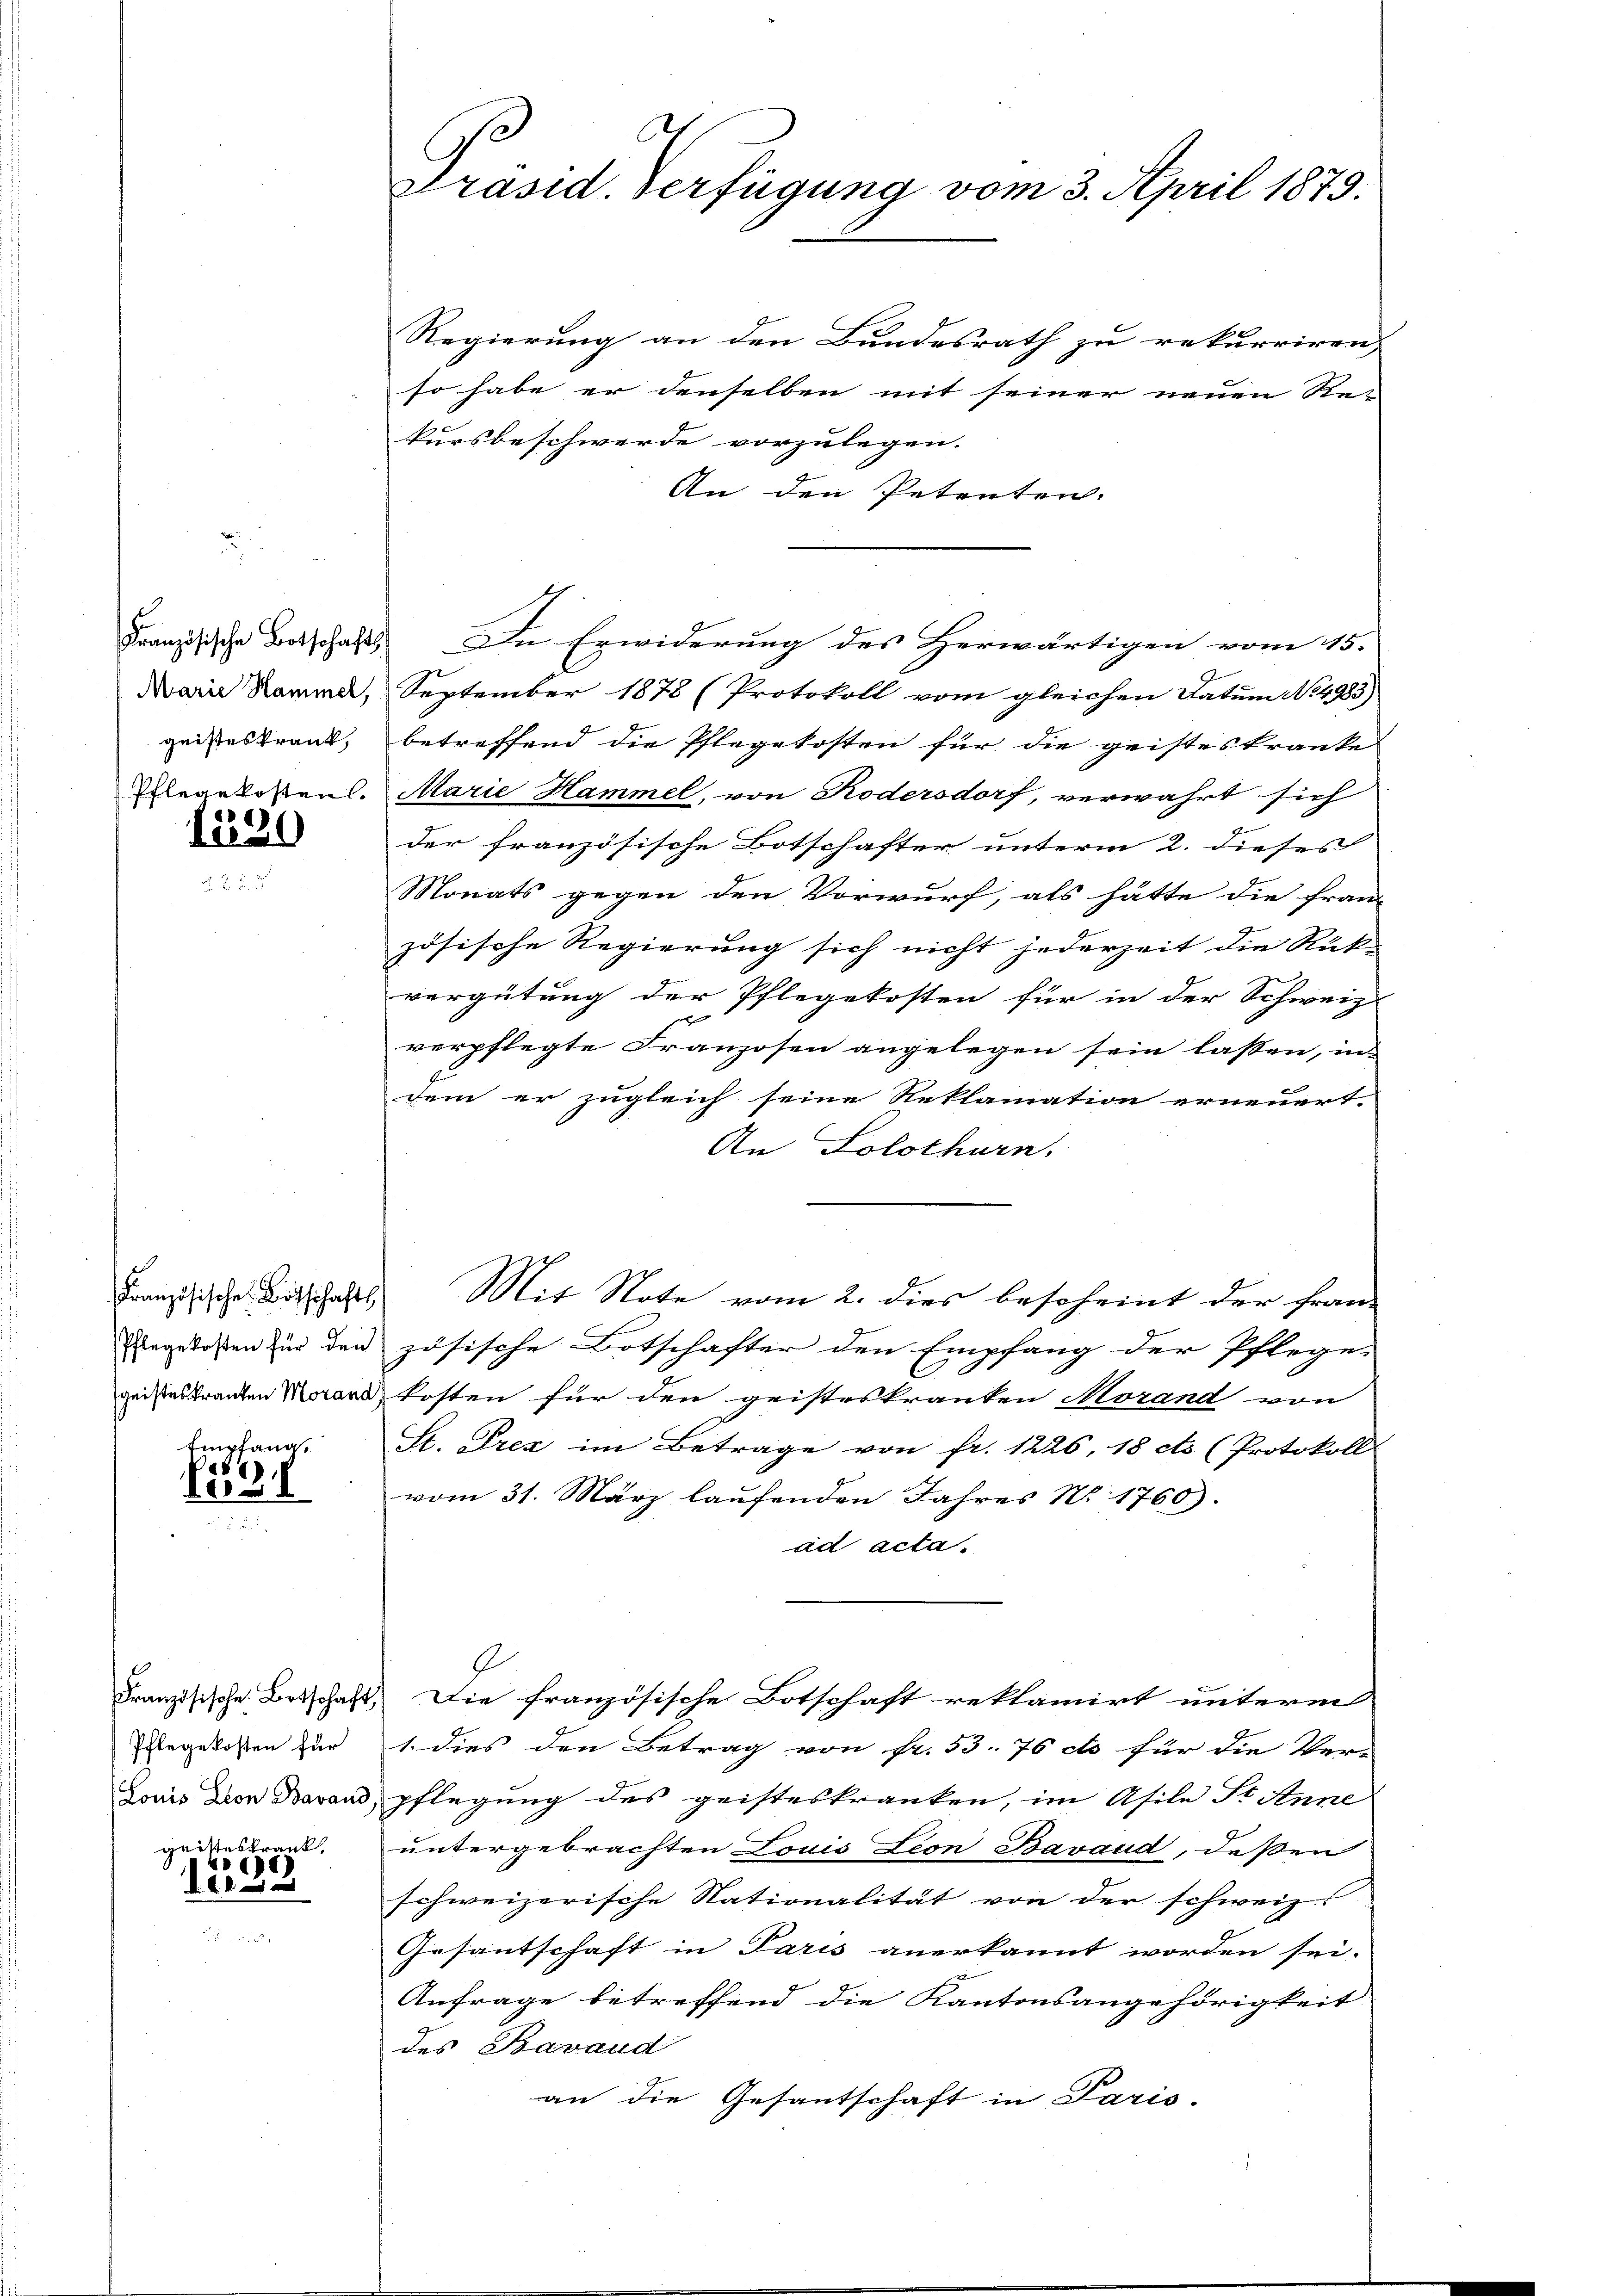
Französische Botschaft

1520

Empfang.

86)
EI

Französische Botschaft,
Pflegekosten für
gritteskrank

46)
8

t
Präsid. Verfügung vom 3. April 1879.

Regierung an den Bundesrath zu rekurriren, |
so habe er denselben mit seiner neuen Re-
kursbeschwerde vorzulegen.
An den Petenten.
In Erwiderung des Herwärtigen vom 15.
Marie Kamme, September 1878 (Protokoll vom gleichen Datum No 4983)
geisteskrank, betreffend die Pflegekosten für die geisteskranke
Pflegekosten. Marie Hammel, von Rodersdorf, verwahrt sich
der französische Botschafter unterm 2. dieses
Monats gegen den Vorwurf, als hätte die fran-
zösische Regierung sich nicht jederzeit die Rück-
vergütung der Pflegekosten für in der Schweiz.
verpflegte Franzosen angelegen sein lassen, in
dem er zugleich seine Reklamation erneuert.
An Solothurn.
Französische Bitschafts Mit Note vom 2. dies bescheint der Fran¬
Engelaßen zur den zösische Botschafter den Empfang der Pflege-
geistes tranten Mord kosten für den geisteskranken Morand von
St. Prez im Betrage von fr. 1226, 18 cts (Protokoll
vom 31. März laŭfenden Jahres N. 1760).
ad acta.
Die französische Botschaft reklamirt unterm
1. dies den Betrag von Fr. 53. 76 cts für die Ver-
Louis den Bavan, pflegung des geisteskranken, im Asile St. Anne
untergebrachten Louis Leon Bavaud, dessen
schweizerische Nationalität von der schweiz.
Gesantschaft in Paris anerkannt worden sei.
Anfrage betreffend die Kantonsangehörigkeit
des Bavaud
an die Gesantschaft in Paris.